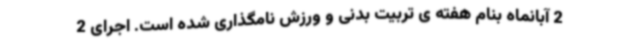
2 آبانماه بنام هفته ی تربیت بدنی و ورزش نامگذاری شده است. اجرای 2